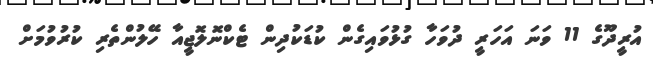
އުރީދޫގެ 11 ވަނަ އަހަރީ ދުވަހާ ގުޅުވައިގެން ކުޑަކުދިން ޓެކްނޮލޮޖީއާ ހޭލުންތެރި ކުރުވުމަށް